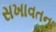
સખાવતના